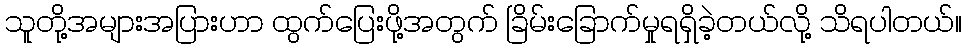
သူတို့အများအပြားဟာ ထွက်ပြေးဖို့အတွက် ခြိမ်းခြောက်မှုရရှိခဲ့တယ်လို့ သိရပါတယ်။